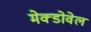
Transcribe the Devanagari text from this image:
मेक्डोवेल